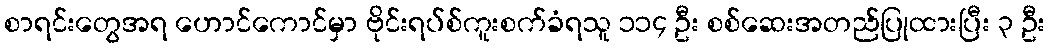
စာရင်းတွေအရ ဟောင်ကောင်မှာ ဗိုင်းရပ်စ်ကူးစက်ခံရသူ ၁၁၄ ဦး စစ်ဆေးအတည်ပြုထားပြီး ၃ ဦး